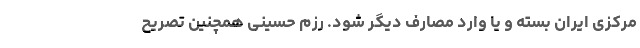
مرکزی ایران بسته و یا وارد مصارف دیگر شود. رزم حسینی همچنین تصریح